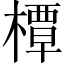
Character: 橝